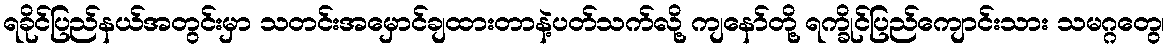
ရခိုင်ပြည်နယ်အတွင်းမှာ သတင်းအမှောင်ချထားတာနဲ့ပတ်သက်လို့ ကျနော်တို့ ရက္ခိုင်ပြည်ကျောင်းသား သမဂ္ဂတွေ၊